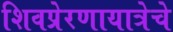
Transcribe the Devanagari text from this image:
शिवप्रेरणायात्रेचे